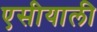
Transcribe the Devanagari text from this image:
एसीयाली